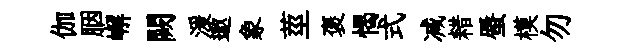
伽胭嶰闕湲遨象莖褒愒式减耤蜃模勿